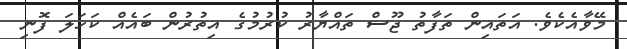
މޭވާއެކެވެ. އަތައިން ތަފާތު ޖޫސް ތައްޔާރު ކުރުމުގެ އިތުރުން ބައެއް ކަހަލަ ފޮނި